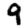
Digit: 9